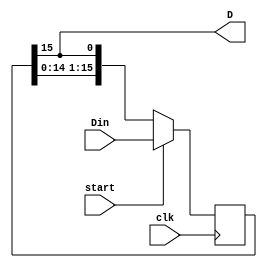
module Serial_Out (clk, start, Din, D);
input clk, start;
input [15:0] Din;
output D;
reg [15:0] Buf;  //
wire [15:0] nBuf;  //

assign nBuf = {Buf[14:0],Buf[15]};  //

assign D = Buf[15];                 //

always @ (posedge clk)
	if (start == 1'd1)               //start=1
		Buf <= Din; 
	else
		Buf <= nBuf;                  //start=0
		
endmodule